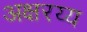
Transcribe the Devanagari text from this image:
अक्षरय्य